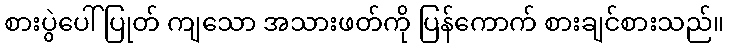
စားပွဲပေါ် ပြုတ် ကျသော အသားဖတ်ကို ပြန်ကောက် စားချင်စားသည်။